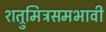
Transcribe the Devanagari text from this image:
शत्रुमित्रसमभावी